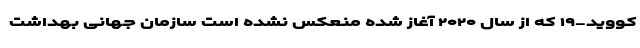
کووید-۱۹ که از سال ۲۰۲۰ آغاز شده منعکس نشده است سازمان جهانی بهداشت